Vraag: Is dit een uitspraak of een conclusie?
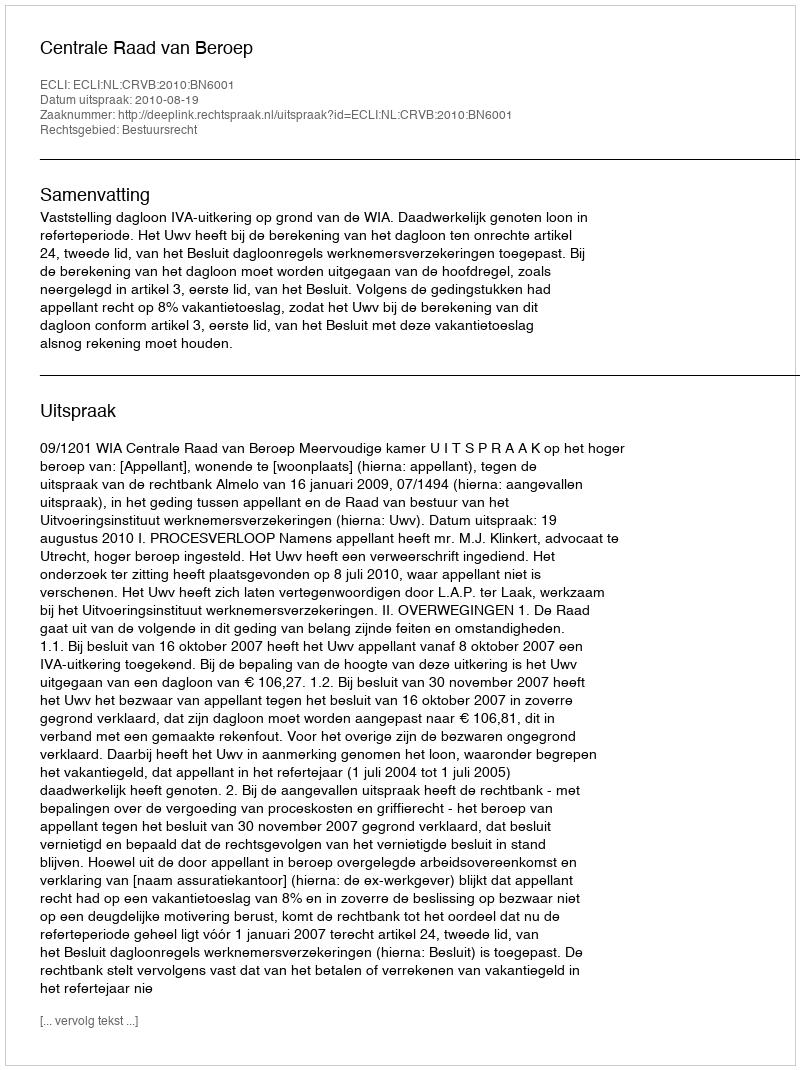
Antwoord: Uitspraak